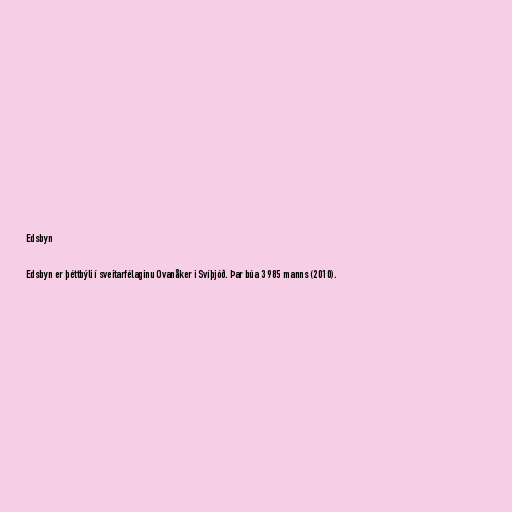
Edsbyn

Edsbyn er þéttbýli í sveitarfélaginu Ovanåker i Svíþjóð. Þar búa 3 985 manns (2010).